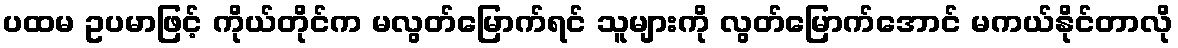
ပထမ ဥပမာဖြင့် ကိုယ်တိုင်က မလွတ်မြောက်ရင် သူများကို လွတ်မြောက်အောင် မကယ်နိုင်တာလို